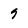
Character: 9